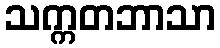
သက္ကတဘာသာ